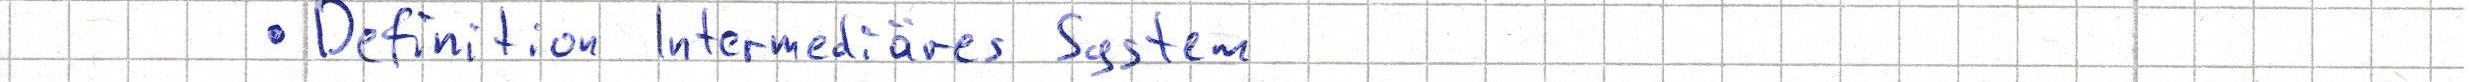
- Definition Intermediäres System